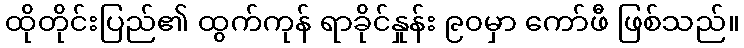
ထိုတိုင်းပြည်၏ ထွက်ကုန် ရာခိုင်နှုန်း ၉၀မှာ ကော်ဖီ ဖြစ်သည်။